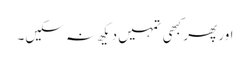
اور پھر کبھی تمہیں دیکھ نہ سکیں۔